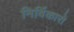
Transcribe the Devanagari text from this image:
निर्विकारो